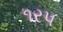
૧રપ